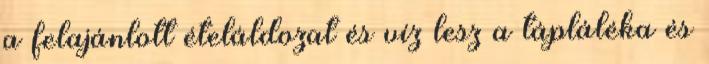
a felajánlott ételáldozat és víz lesz a tápláléka és